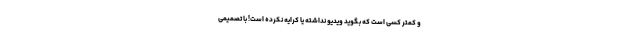
و کمتر کسی است که بگوید ویدیو نداشته یا کرایه نکرده است! با تصمیمی